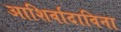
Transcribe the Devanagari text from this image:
आशिर्वादाविना